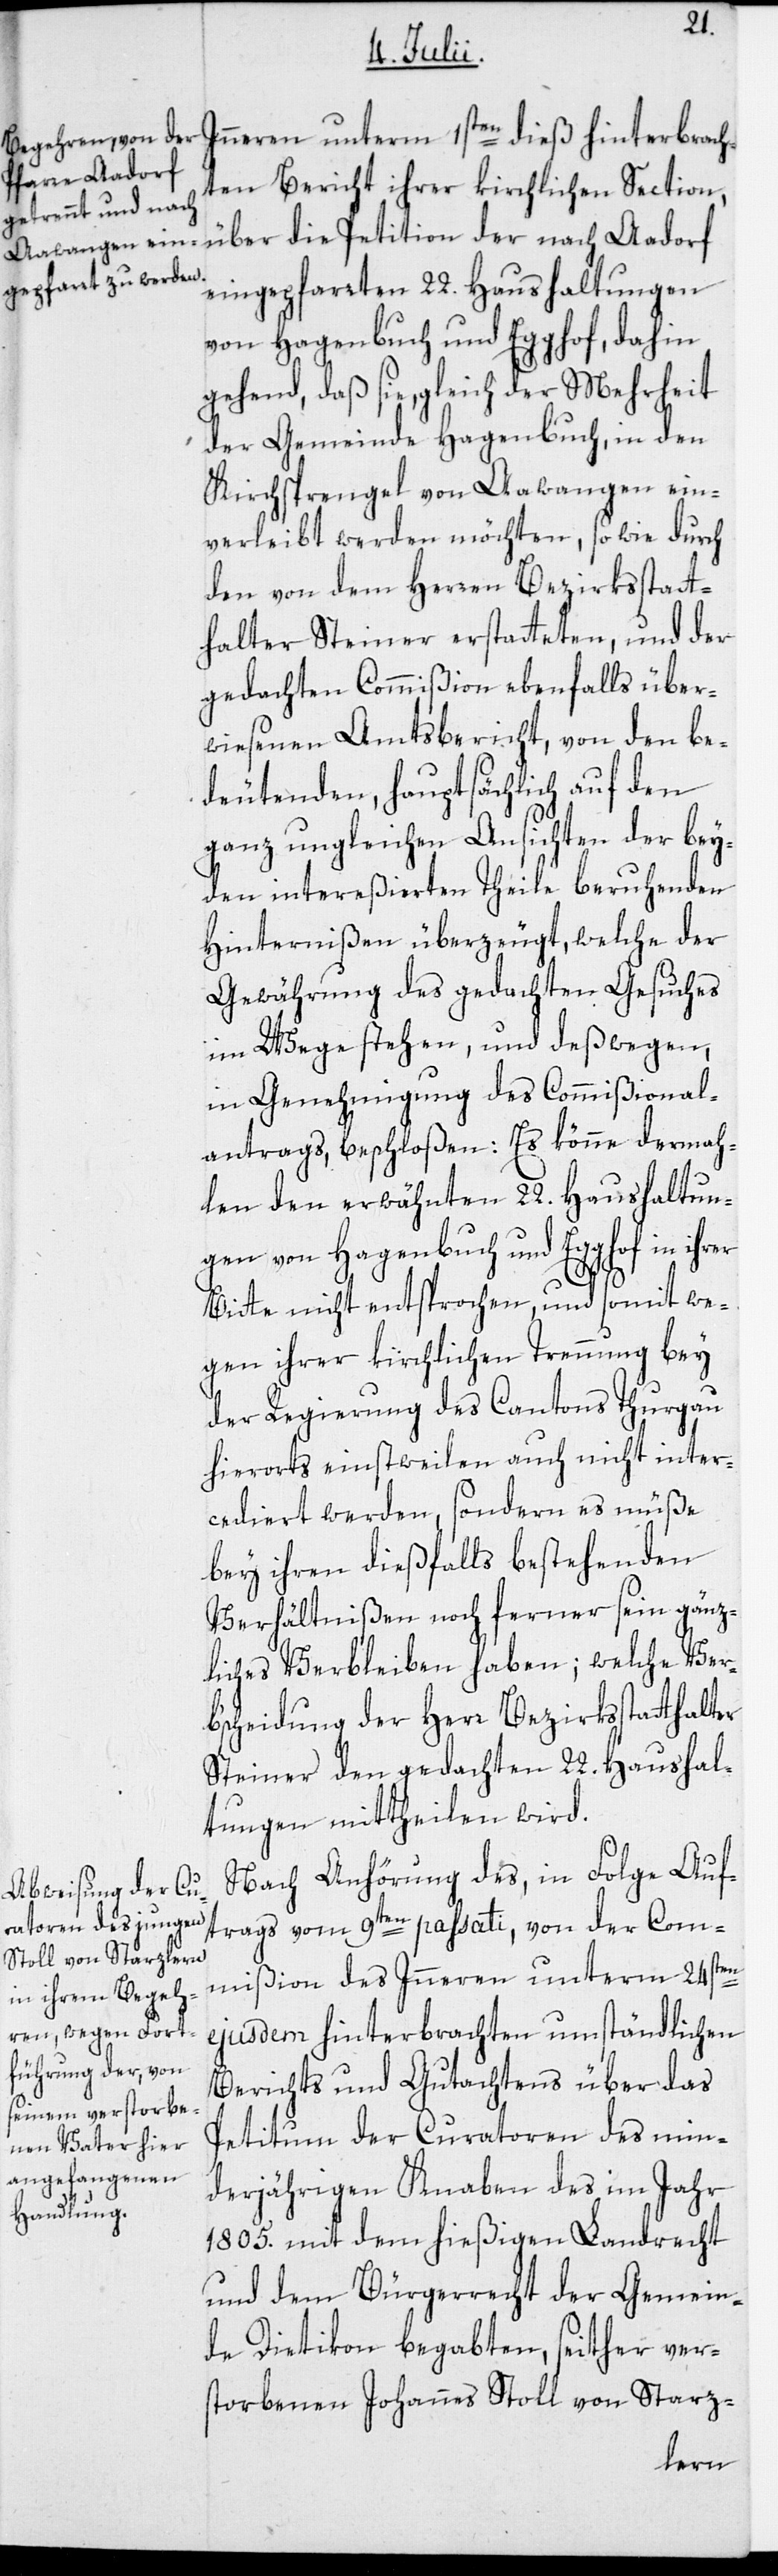
Inneren unterm 1sten dieß hinterbrach¬
ten Bericht ihrer kirchlichen Section,
über die Petition der nach Aadorf
eingepfarrten 22. Haushaltungen
von Hagenbuch und Egghof, dahin
gehend, daß sie, gleich der Mehrheit
der Gemeinde Hagenbuch, in den
Kirchsprengel von Aawangen ein¬
verleibt werden möchten, so wie durch
den von dem Herren Bezirksstatt¬
halter Steiner erstatteten, und der
gedachten Commißion ebenfalls über¬
wiesenen Amtsbericht, von den be¬
deutenden, hauptsächlich auf den
ganz ungleichen Ansichten der bey¬
den intereßierten Theile beruhenden
Hinternißen überzeugt, welche der
Gewährung des gedachten Gesuches
im Wege stehen, und deßwegen,
in Genehmigung des Commißional¬
antrags, beschloßen: Es könne dermah¬
len den erwähnten 22. Haushaltun¬
gen von Hagenbuch und Egghof in
Bitte nicht entsprochen, und somit we¬
gen ihrer kirchlichen Trennung bey
der Regierung des Cantons Thurgau
hierorts einstweilen auch nicht inter¬
cediert werden, sondern es müße
bey ihren dießfalls bestehenden
Verhältnißen noch ferner sein gänz¬
liches Verbleiben haben; welche Ver¬
b‘scheidung der Herr Bezirksstatthalter
Steiner den gedachten 22. Haushal¬
tungen mittheilen wird.
Nach Anhörung des, in Folge Auf¬
trags vom 9ten passati, von der Com¬
mißion des Inneren unterm 24sten
ejusdem hinterbrachten umständlichen
Berichts und Gutachtens über das
Petitum der Curatoren des min¬
derjährigen Knaben des im Jahr
1805. mit dem hießigen Landrecht
und dem Bürgerrecht der Gemein¬
de Dietikon begabten, seither ver¬
storbenen Johannes Stoll von Starz-